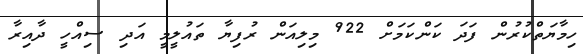
ހިމާޔަތްކުރުން ފަދަ ކަންކަމަށް 922 މިލިއަން ރުފިޔާ ތައުލީމީ އަދި ސިއްހީ ދާއިރާ